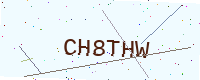
Text: CH8THW